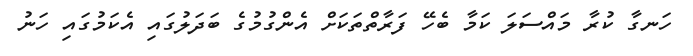
ހަނގާ ކުރާ މައްސަލަ ކަމާ ބެހޭ ފަރާތްތަކަށް އެންގުމުގެ ބަދަލުގައި އެކަމުގައި ހަނު